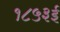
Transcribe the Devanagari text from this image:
१८५३ई